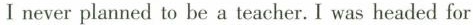
I never planned to he a teacher. I was headed for